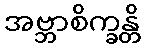
အဗ္ဘာစိက္ခန္တိ